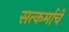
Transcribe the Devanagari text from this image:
सत्कर्माचे